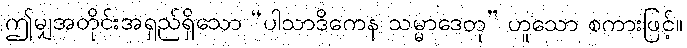
ဤမျှအတိုင်းအရှည်ရှိသော “ပါသာဒိကေန သမ္မာဒေတု” ဟူသော စကားဖြင့်။